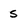
Character: s